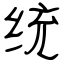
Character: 统